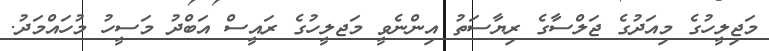
މަޖިލީހުގެ މިއަދުގެ ޖަލްސާގެ ރިޔާސަތު އިންނެވީ މަޖލީހުގެ ރައީސް އަބްދު މަސީހު މުހައްމަދު.